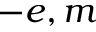
- e , m